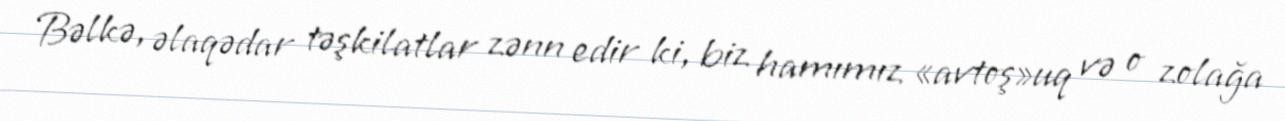
Bəlkə, əlaqədar təşkilatlar zənn edir ki, biz hamımız «avtoş»uq və o zolağa